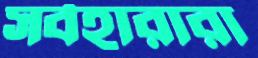
সর্বহারারা